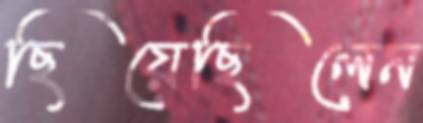
ছিয়েছিলেন